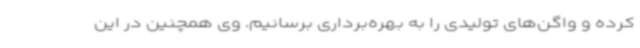
کرده و واگن‌های تولیدی را به بهره‌برداری برسانیم. وی همچنین در این